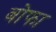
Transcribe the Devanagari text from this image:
बोफा